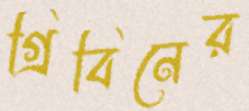
গ্রিবিনের